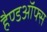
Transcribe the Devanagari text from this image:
हैण्डऑफ्स